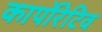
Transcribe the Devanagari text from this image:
कार्पोरेटिव